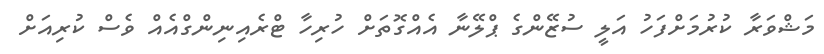
މަޝްވަރާ ކުރުމަށްފަހު އަލީ ސުޒޭންގެ ޕްލޭނާ އެއްގޮތަށް ހުރިހާ ޓްރެއިނިންގްއެއް ވެސް ކުރިއަށް